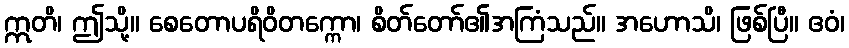
ဣတိ၊ ဤသို့။ စေတောပရိဝိတက္ကော၊ စိတ်တော်၏အကြံသည်။ အဟောသိ၊ ဖြစ်ပြီ။ ဧဝံ၊